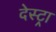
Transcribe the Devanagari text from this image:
देस्ट्रा